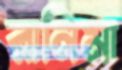
রানিমা